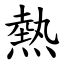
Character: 熱